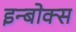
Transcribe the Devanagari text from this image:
इन्बोक्स